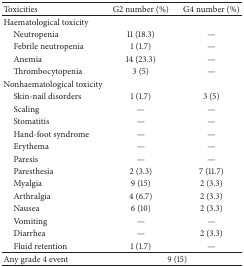
| Toxicities | G2 number (%) | G4 number (%) |
 | --- | --- | --- |
 | Haematological toxicity |  |  |
 | Neutropenia | 11 (18.3) | — |
 | Febrile neutropenia | 1 (1.7) | — |
 | Anemia | 14 (23.3) | — |
 | Thrombocytopenia | 3 (5) | — |
 | Nonhaematological toxicity |  |  |
 | Skin-nail disorders | 1 (1.7) | 3 (5) |
 | Scaling | — | — |
 | Stomatitis | — | — |
 | Hand-foot syndrome | — | — |
 | Erythema | — | — |
 | Paresis | — | — |
 | Paresthesia | 2 (3.3) | 7 (11.7) |
 | Myalgia | 9 (15) | 2 (3.3) |
 | Arthralgia | 4 (6.7) | 2 (3.3) |
 | Nausea | 6 (10) | 2 (3.3) |
 | Vomiting | — | — |
 | Diarrhea | — | 2 (3.3) |
 | Fluid retention | 1 (1.7) | — |
 | Any grade 4 event | <COLSPAN=2> 9 (15) |